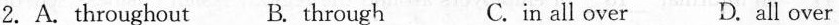
2.A.Throughout B. Through C.in all over D. All over